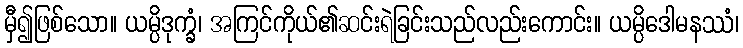
မှီ၍ဖြစ်သော။ ယမ္ပိဒုက္ခံ၊ အကြင်ကိုယ်၏ဆင်းရဲခြင်းသည်လည်းကောင်း။ ယမ္ပိဒေါမနဿံ၊